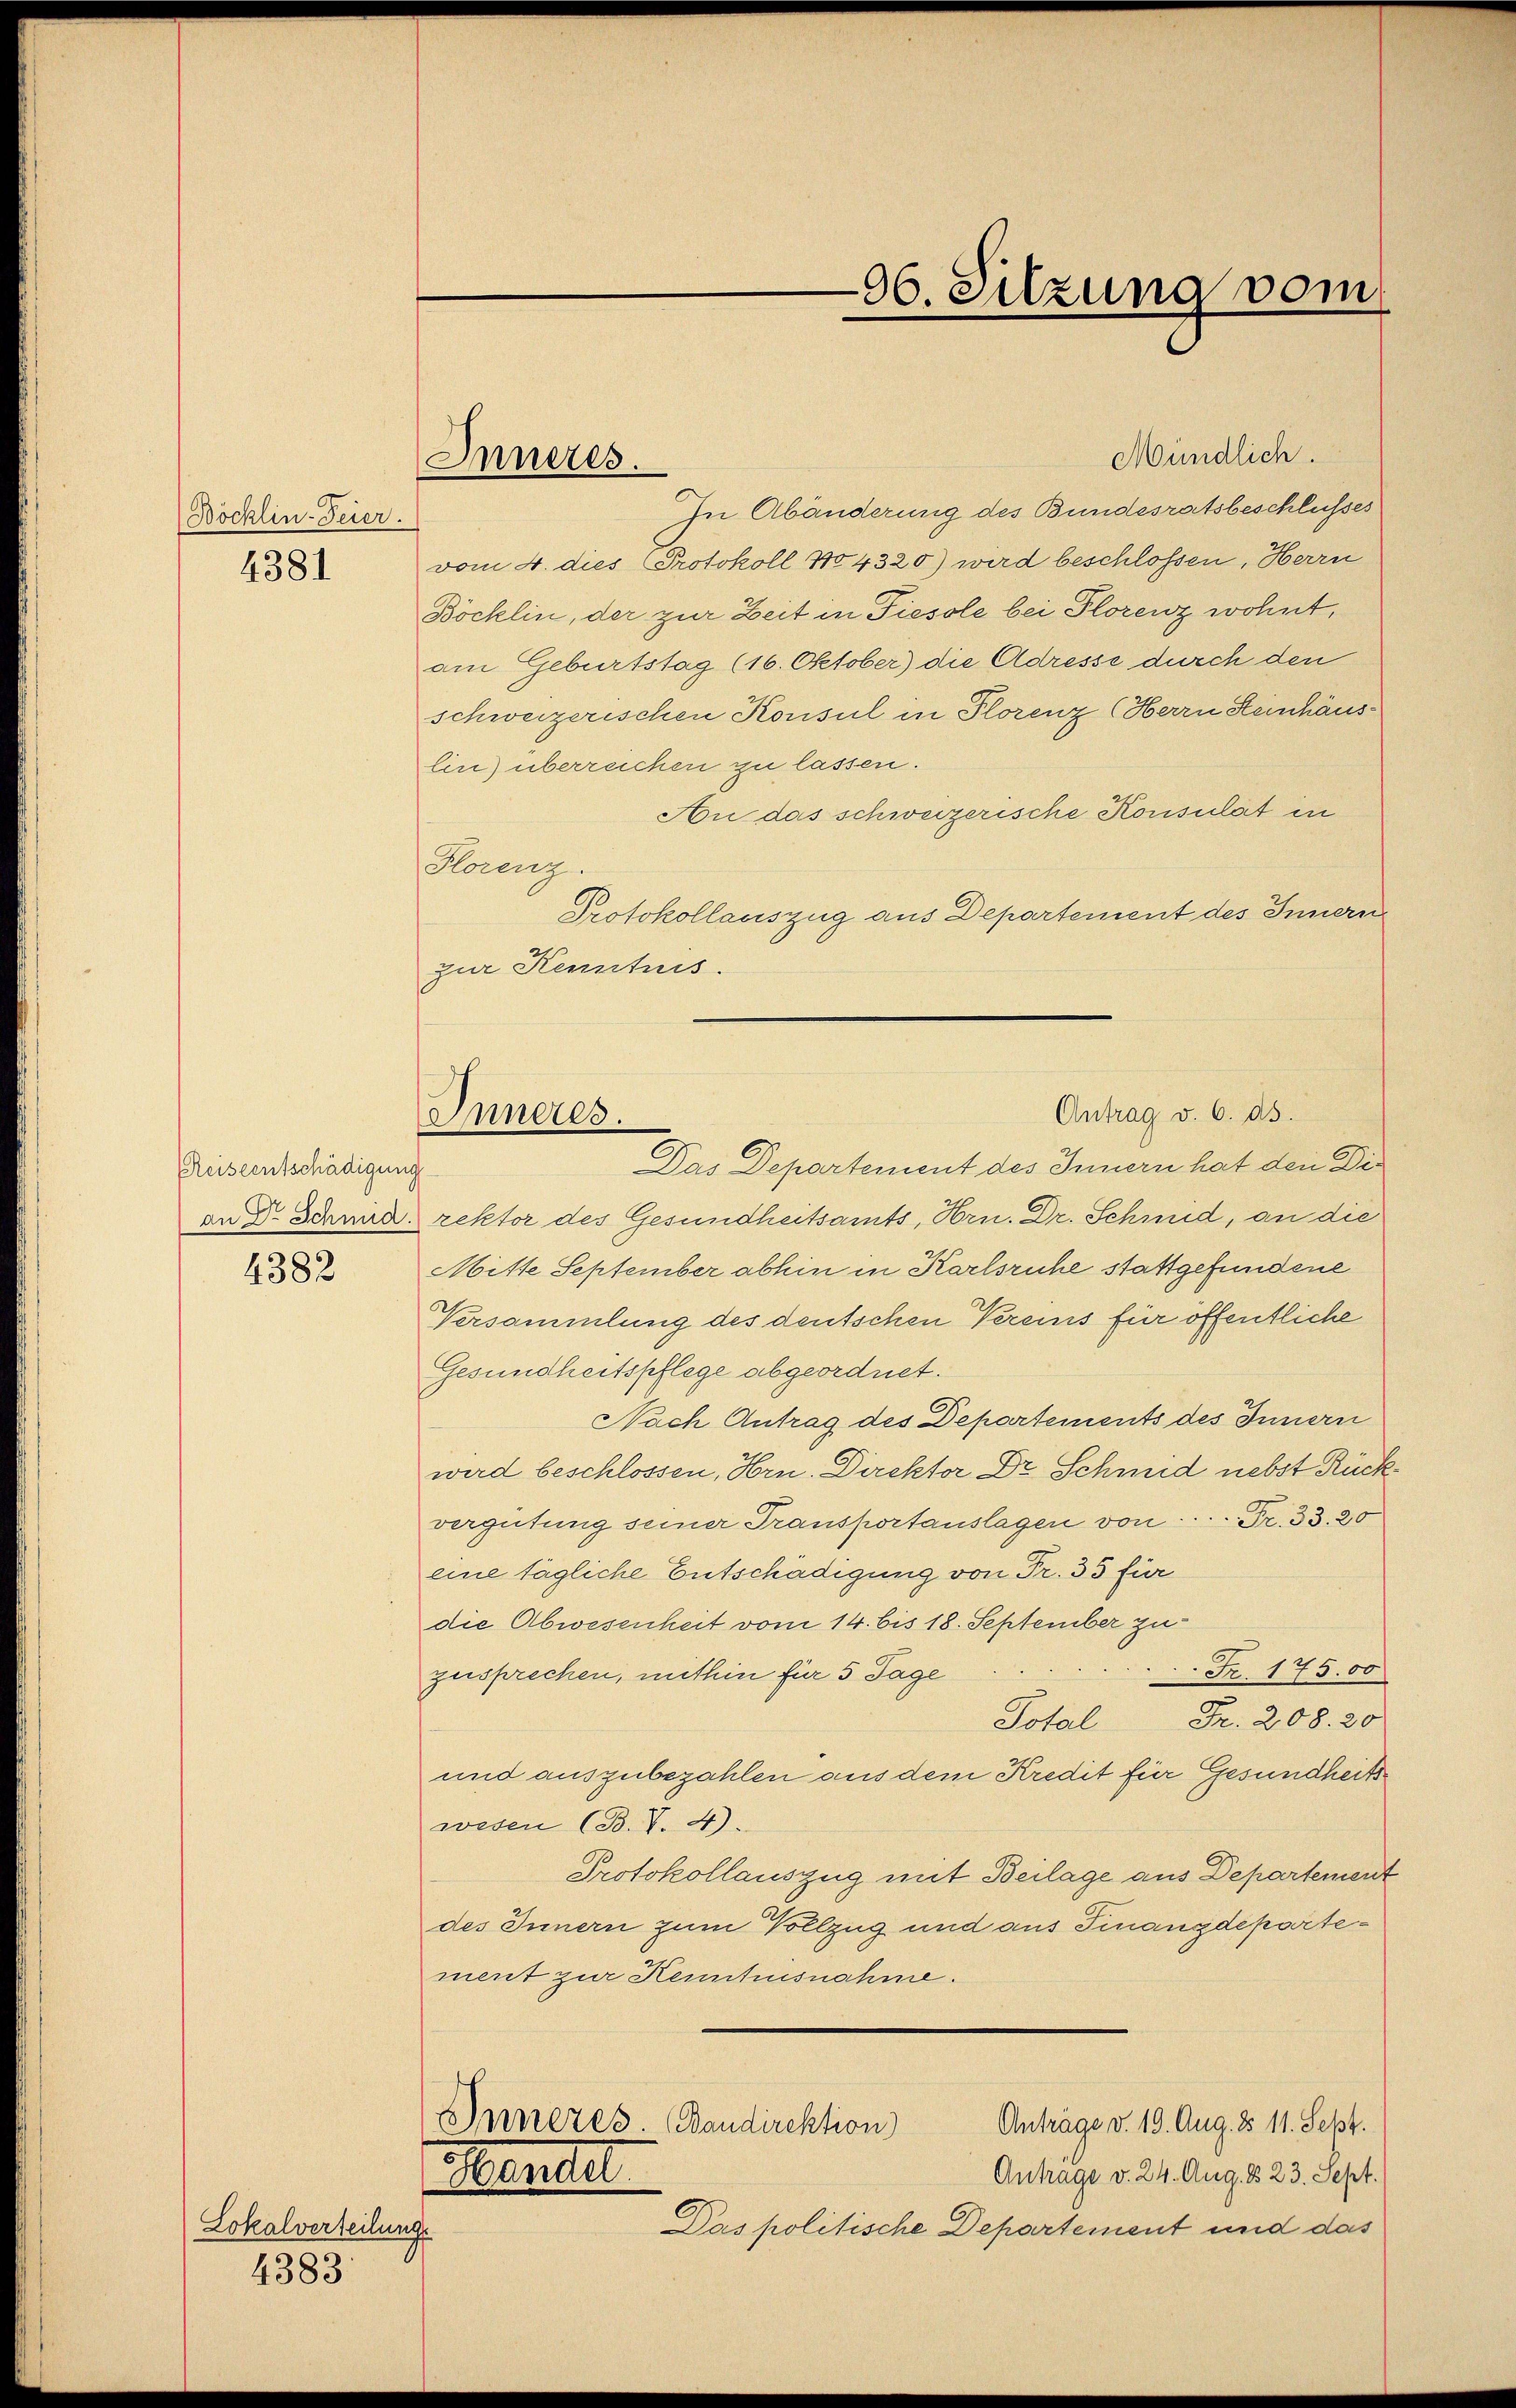
Böcklin-Feier.

4381

Reiseentschädigung

4382

Lokalverteilung.
4383

Inneres.

06. Sitzung vom

Mündlich.
In Abänderung des Bundesratsbeschlusses
vom 4. dies Protokoll 104320) wird beschlossen, Herrn
Böcklin, der zur Zeit in Fiesole bei Plorenz wohnt,
am Geburtstag (16. Oktober) die Adresse durch den
schweizerischen Konsul in Florenz (Herrn Heinhäuslin) überreichen zu lassen.
An das schweizerische Konsulat in
Florenz.
Protokollauszug aus Departement des Innern
zur Kenntnis.
an Dr. Schmid rektor des Gesundheitsamts, Hrn. Dr. Schmid, an die
Mitte September abhin in Karlsruhe stattgefundene
Versammlung des deutschen Vereins für öffentliche
Gesundheitspflege abgeordnet.
Nach Antrag des Departements des Innern
wird beschlossen, Hrn. Direktor Dr. Schmid nebst Rück
vergütung seiner Transportauslagen von . . . . Fr. 33. 20
eine tägliche Entschädigung von Fr. 35 für
die Abwesenheit vom 14. bis 18. September zu
Fr. 175.00
zusprechen, mithin für 5 Tage
Fr. 208. 20
Potal
und auszubezahlen aus dem Kredit für Gesundheitswesen (B.V. 4).
Protokollauszug mit Beilage aus Departement
des Innern zum Vollzug und aus Finanzdepartement zur Kenntnisnahme.
Inneres. Bandirektion
Anträge v. 19. Aug. 85. 11. Sept.
Antrage v. 24. Aug. 123. Sept.
Herte
Das politische Departement und das

Antrag v. 6. ds.
Inneres.
Das Departement des Innern hat den Di